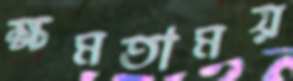
ক্ষমতাময়